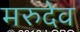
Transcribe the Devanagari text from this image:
मरुदेव